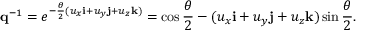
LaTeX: \mathbf { q } ^ { - 1 } = e ^ { - { \frac { \theta } { 2 } } { ( u _ { x } \mathbf { i } + u _ { y } \mathbf { j } + u _ { z } \mathbf { k } ) } } = \cos { \frac { \theta } { 2 } } - ( u _ { x } \mathbf { i } + u _ { y } \mathbf { j } + u _ { z } \mathbf { k } ) \sin { \frac { \theta } { 2 } } .